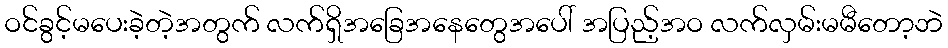
ဝင်ခွင့်မပေးခဲ့တဲ့အတွက် လက်ရှိအခြေအနေတွေအပေါ် အပြည့်အဝ လက်လှမ်းမမီတော့ဘဲ